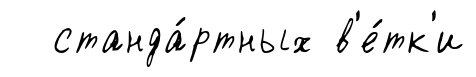
станда́ртных в'е́тк'и